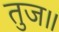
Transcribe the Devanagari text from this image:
तुज॥